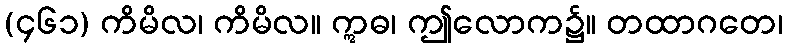
(၄၆၁) ကိမိလ၊ ကိမိလ။ ဣဓ၊ ဤလောက၌။ တထာဂတေ၊